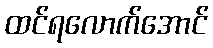
ထင်ရလောက်အောင်